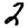
Digit: 2